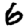
Digit: 6